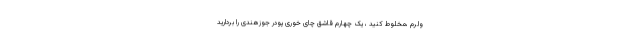
ولرم ،مخلوط کنید ، یک چهارم قاشق چای خوری پودر جوزهندی را بردارید